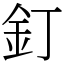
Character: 釘